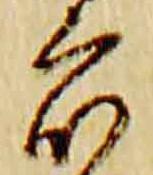
衆